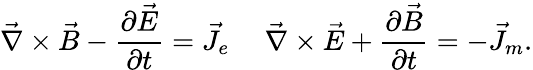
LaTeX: \vec{\nabla}\times\vec{B}-{\frac{\partial\vec{E}}{\partial t}}=\vec{J}_{e}~~~~~\vec{\nabla}\times\vec{E}+{\frac{\partial\vec{B}}{\partial t}}=-\vec{J}_{m}.